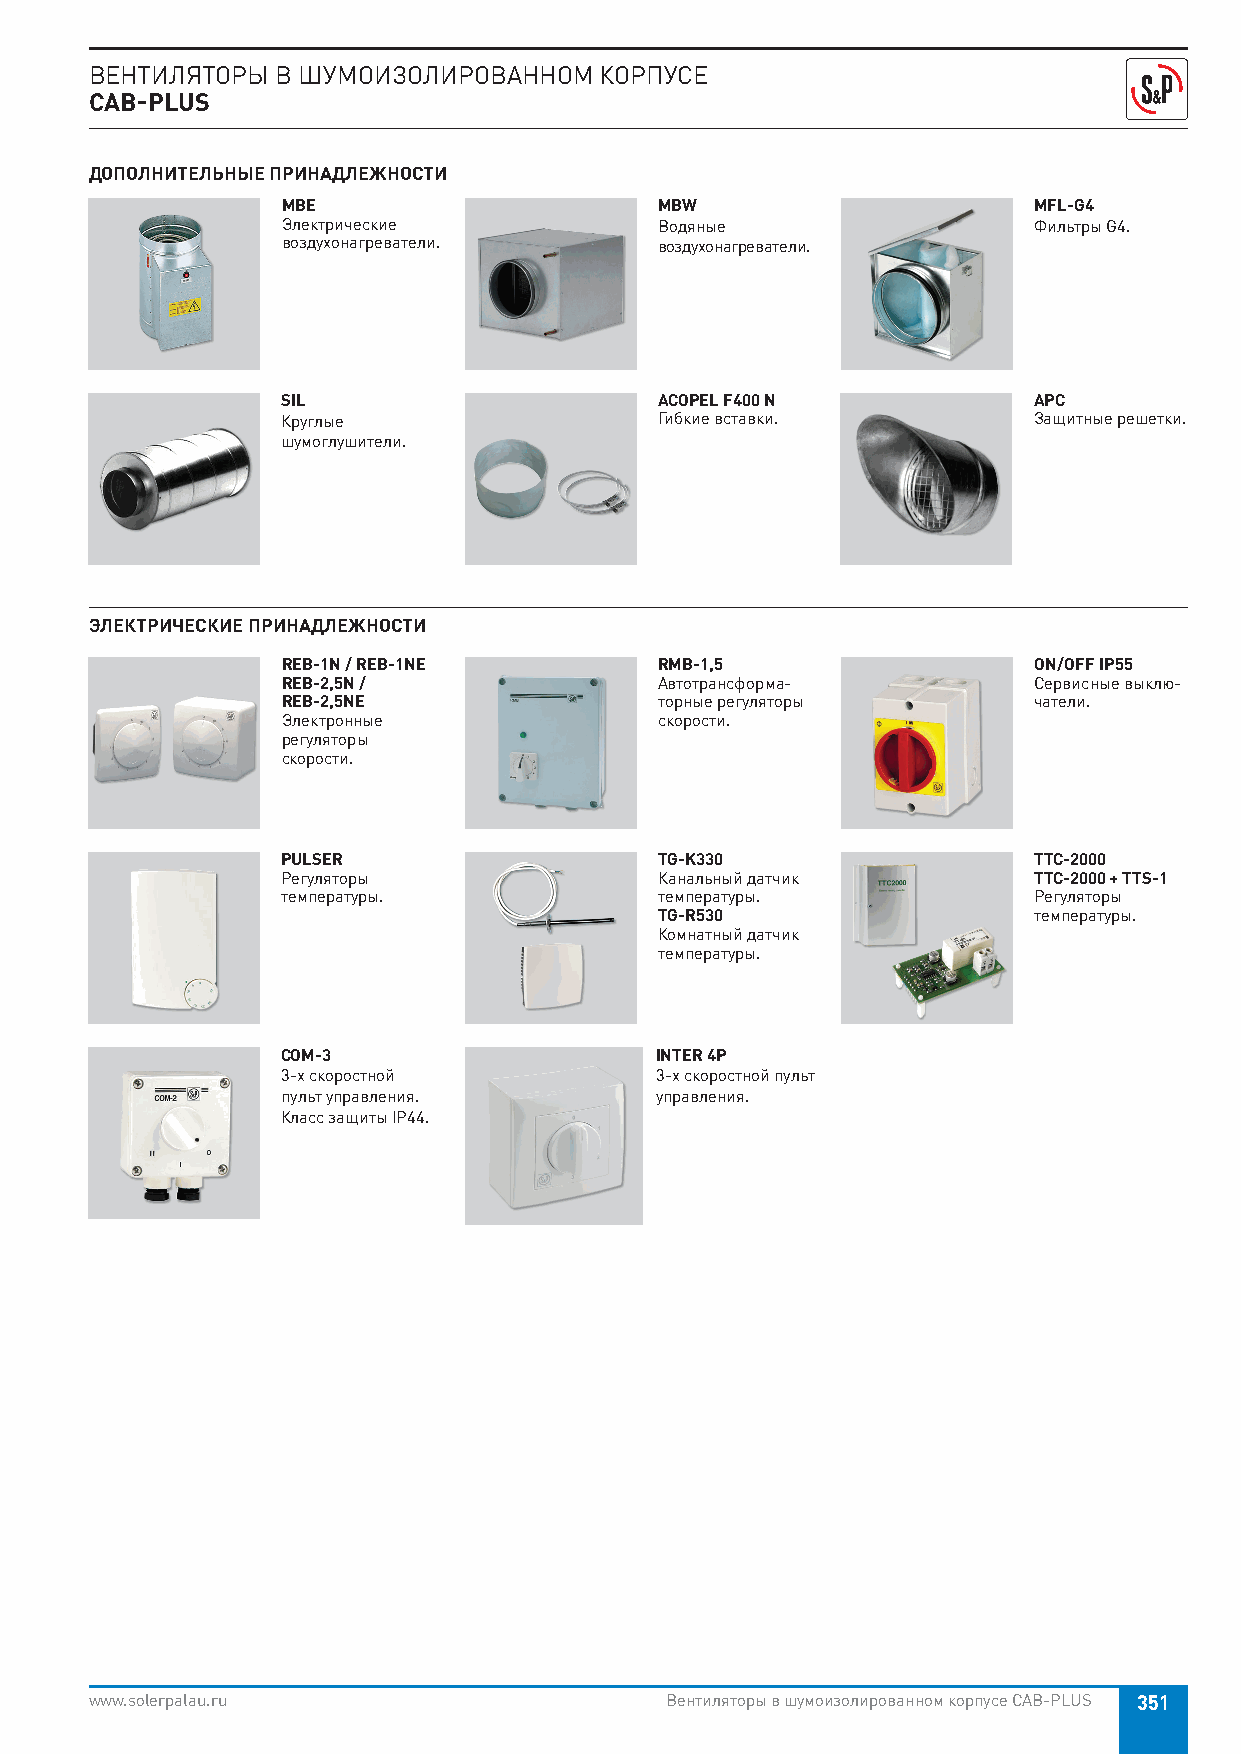
ВЕНТИЛЯТОРЫ В ШУМОИЗОЛИРОВАННОМ   КОРПУСЕ
 CAB-PLUS
 ДОПОЛНИТЕЛЬНЫЕ ПРИНАДЛЕЖНОСТИ
 MBE                      MBW                     MFL-G4
 Электрические            Водяные                 Фильтры G4.
 воздухонагреватели.      воздухонагреватели.
 SIL                      ACOPEL F400 N           APC
 Круглые                  Гибкие вставки.         Защитные решетки.
 шумоглушители.
 ЭЛЕКТРИЧЕСКИЕ ПРИНАДЛЕЖНОСТИ
 REB-1N / REB-1NE         RMB-1,5                 ON/OFF IP55
 REB-2,5N /               Автотрансформа-         Сервисные выклю-
 REB-2,5NE                торные регуляторы       чатели.
 Электронные              скорости.
 регуляторы
 скорости.
 PULSER                   TG-K330                 TTC-2000
 Регуляторы               Канальный датчик        TTC-2000 + TTS-1
 температуры.             температуры.            Регуляторы
 TG-R530                 температуры.
 Комнатный датчик
 температуры.
 COM-3                   INTER 4P
 3-х скоростной          3-х скоростной пульт
 пульт управления.       управления.
 Класс защиты IP44.
 www.solerpalau.ru                     Вентиляторы в шумоизолированном корпусе CAB-PLUS 351